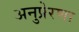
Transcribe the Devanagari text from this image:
अनुप्रेरणा